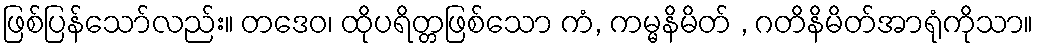
ဖြစ်ပြန်သော်လည်း။ တဒေဝ၊ ထိုပရိတ္တဖြစ်သော ကံ, ကမ္မနိမိတ် , ဂတိနိမိတ်အာရုံကိုသာ။